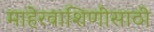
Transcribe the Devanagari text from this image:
माहेरवाशिणीसाठी